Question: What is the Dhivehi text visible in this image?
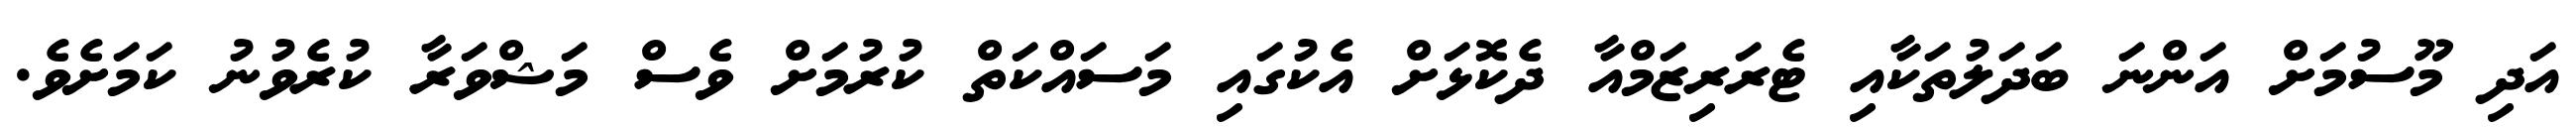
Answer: އަދި މޫސުމަށް އަންނަ ބަދަލުތަކާއި ޓެރަރިޒަމްއާ ދެކޮޅަށް އެކުގައި މަސައްކަތް ކުރުމަށް ވެސް މަޝްވަރާ ކުރެވުނު ކަމަށެވެ.